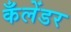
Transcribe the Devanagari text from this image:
कँलेंडर